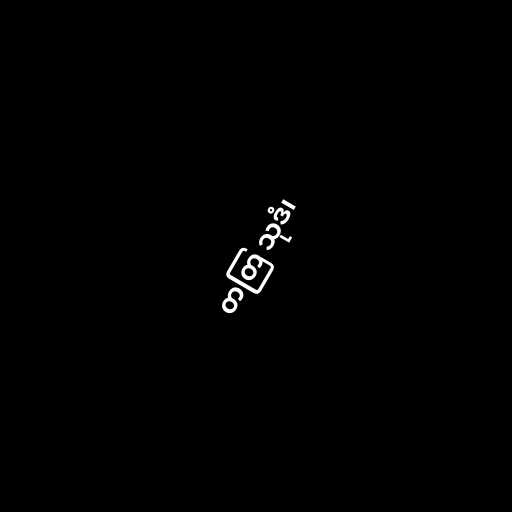
တတြ သုဒံ၊